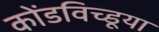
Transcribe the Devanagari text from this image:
कोंडविच्डूया